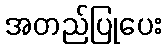
အတည်ပြုပေး